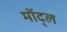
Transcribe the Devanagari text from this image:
मोंद्ल